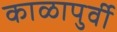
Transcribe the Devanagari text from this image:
काळापुर्वी